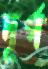
দূর্গ